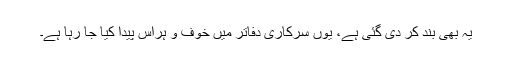
یہ بھی بند کر دی گئی ہے، یوں سرکاری دفاتر میں خوف و ہراس پیدا کیا جا رہا ہے۔